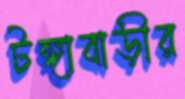
টঙ্গাবাড়ীর